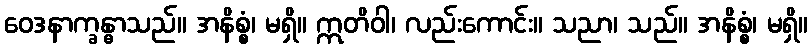
ဝေဒနာက္ခန္ဓာသည်။ အနိစ္စံ၊ မရှိ။ ဣတိဝါ၊ လည်းကောင်း။ သညာ၊ သည်။ အနိစ္စံ၊ မရှိ။